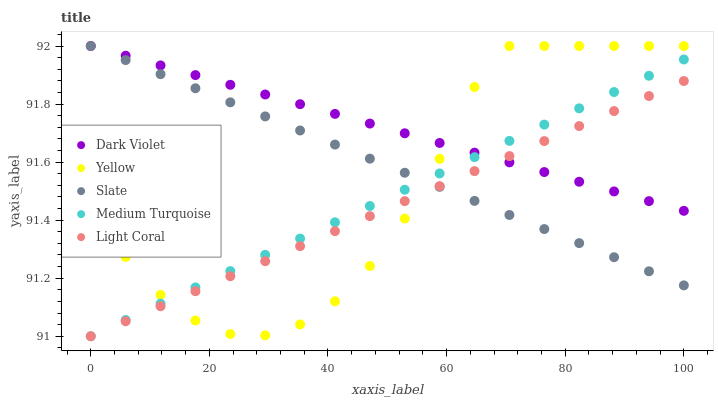
| xaxis_label | Dark Violet | Yellow | Slate | Medium Turquoise | Light Coral |
 | --- | --- | --- | --- | --- | --- |
 | 0 | 92 | 91.4 | 92 | 91 | 91 |
 | 5.88 | 92 | 91.3 | 92 | 91.1 | 91.1 |
 | 11.8 | 91.9 | 91.1 | 91.9 | 91.1 | 91.1 |
 | 17.6 | 91.9 | 91.1 | 91.9 | 91.2 | 91.2 |
 | 23.5 | 91.9 | 91 | 91.8 | 91.2 | 91.2 |
 | 29.4 | 91.8 | 91 | 91.8 | 91.3 | 91.3 |
 | 35.3 | 91.8 | 91 | 91.7 | 91.3 | 91.3 |
 | 41.2 | 91.8 | 91.1 | 91.7 | 91.4 | 91.4 |
 | 47.1 | 91.7 | 91.2 | 91.6 | 91.4 | 91.4 |
 | 52.9 | 91.7 | 91.4 | 91.6 | 91.5 | 91.5 |
 | 58.8 | 91.7 | 91.6 | 91.5 | 91.6 | 91.5 |
 | 64.7 | 91.6 | 91.9 | 91.5 | 91.6 | 91.6 |
 | 70.6 | 91.6 | 92 | 91.4 | 91.7 | 91.6 |
 | 76.5 | 91.6 | 92 | 91.4 | 91.7 | 91.7 |
 | 82.4 | 91.5 | 92 | 91.3 | 91.8 | 91.7 |
 | 88.2 | 91.5 | 92 | 91.3 | 91.8 | 91.8 |
 | 94.1 | 91.5 | 92 | 91.2 | 91.9 | 91.8 |
 | 100 | 91.4 | 92 | 91.2 | 92 | 91.9 |